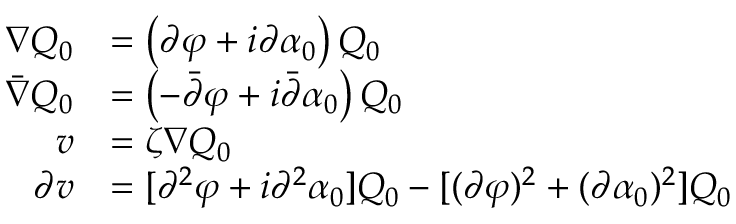
\begin{array} { r l } { \nabla Q _ { 0 } } & { = \left( \partial \varphi + i \partial \alpha _ { 0 } \right) Q _ { 0 } } \\ { \bar { \nabla } Q _ { 0 } } & { = \left( - \bar { \partial } \varphi + i \bar { \partial } \alpha _ { 0 } \right) Q _ { 0 } } \\ { v } & { = \zeta \nabla Q _ { 0 } } \\ { \partial v } & { = [ \partial ^ { 2 } \varphi + i \partial ^ { 2 } \alpha _ { 0 } ] Q _ { 0 } - [ ( \partial \varphi ) ^ { 2 } + ( \partial \alpha _ { 0 } ) ^ { 2 } ] Q _ { 0 } } \end{array}